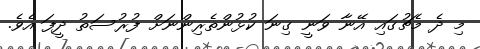
މި ދެ މެޗުގައި އޭނާ ވަނީ ގިނަ ކުޅުންތެރިންނަށް ފުރުސަތު ދީފަ އެވެ.